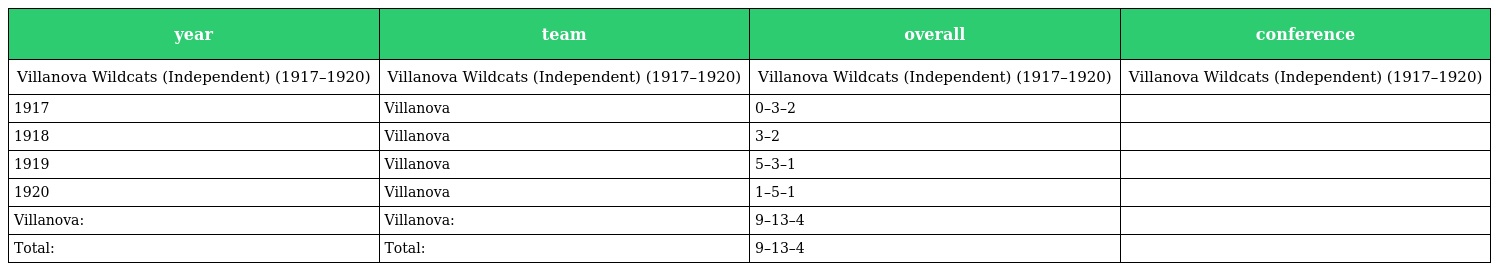
| year | team | overall | conference |
 | --- | --- | --- | --- |
 | Villanova Wildcats (Independent) (1917–1920) | Villanova Wildcats (Independent) (1917–1920) | Villanova Wildcats (Independent) (1917–1920) | Villanova Wildcats (Independent) (1917–1920) |
 | 1917 | Villanova | 0–3–2 |  |
 | 1918 | Villanova | 3–2 |  |
 | 1919 | Villanova | 5–3–1 |  |
 | 1920 | Villanova | 1–5–1 |  |
 | Villanova: | Villanova: | 9–13–4 |  |
 | Total: | Total: | 9–13–4 |  |